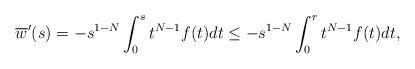
LaTeX: \begin{align*}{\overline w}'(s) = -s^{1-N}\int_0^s t^{N-1}f(t) dt \leq -s^{1-N}\int_0^r t^{N-1}f(t) dt,\end{align*}